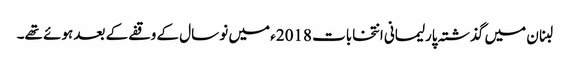
لبنان میں گذشتہ پارلیمانی انتخابات 2018ء میں نو سال کے وقفے کے بعد ہوئے تھے۔